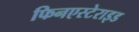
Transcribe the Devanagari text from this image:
फिनएस्टेराइड